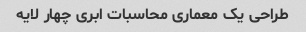
طراحی یک معماری محاسبات ابری چهار لایه